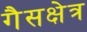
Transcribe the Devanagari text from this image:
गैसक्षेत्र